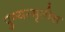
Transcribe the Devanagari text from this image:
पुण्यस्मृतीस